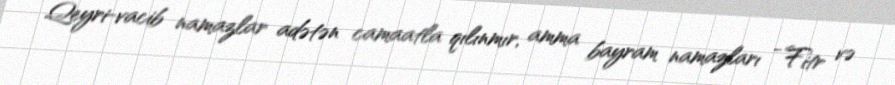
Qeyri-vacib namazlar adətən camaatla qılınmır, amma bayram namazları - Fitr və